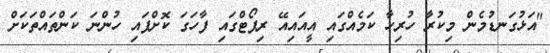
"އަޅުގަނޑުމެން މިކުރާ ހުރިހާ ކަމެއްގައި އީއައިއޭ ރިޕޯޓްގައި ފާހަގަ ކޮށްފައި ހުންނަ ކަންތައްތަކަށް